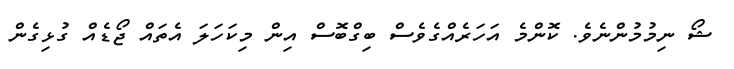
ޝޯ ނިމުމުންނެވެ. ކޮންމެ އަހަރެއްގެވެސް ބިގްބޮސް އިން މިކަހަލަ އެތައް ޖޯޑެއް ގުޅިގެން